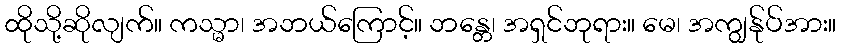
ထိုသို့ဆိုလျက်။ ကသ္မာ၊ အဘယ်ကြောင့်။ ဘန္တေ၊ အရှင်ဘုရား။ မေ၊ အကျွန်ုပ်အား။